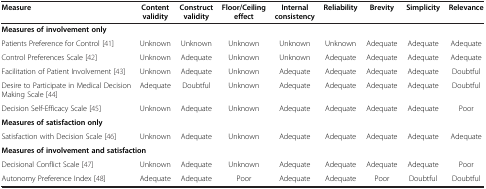
<table><thead><tr><td><b>Measure</b></td><td><b>Content validity</b></td><td><b>Construct validity</b></td><td><b>Floor/Ceiling effect</b></td><td><b>Internal consistency</b></td><td><b>Reliability</b></td><td><b>Brevity</b></td><td><b>Simplicity</b></td><td><b>Relevance</b></td></tr></thead><tbody><tr><td colspan="9"><b>Measures of involvement only</b></td></tr><tr><td>Patients Preference for Control [41]</td><td>Unknown</td><td>Unknown</td><td>Unknown</td><td>Unknown</td><td>Unknown</td><td>Adequate</td><td>Adequate</td><td>Adequate</td></tr><tr><td>Control Preferences Scale [42]</td><td>Unknown</td><td>Adequate</td><td>Unknown</td><td>Unknown</td><td>Adequate</td><td>Adequate</td><td>Adequate</td><td>Adequate</td></tr><tr><td>Facilitation of Patient Involvement [43]</td><td>Unknown</td><td>Adequate</td><td>Unknown</td><td>Adequate</td><td>Adequate</td><td>Adequate</td><td>Adequate</td><td>Doubtful</td></tr><tr><td>Desire to Participate in Medical Decision Making Scale [44]</td><td>Adequate</td><td>Doubtful</td><td>Unknown</td><td>Adequate</td><td>Adequate</td><td>Adequate</td><td>Adequate</td><td>Doubtful</td></tr><tr><td>Decision Self-Efficacy Scale [45]</td><td>Unknown</td><td>Adequate</td><td>Unknown</td><td>Adequate</td><td>Adequate</td><td>Adequate</td><td>Adequate</td><td>Poor</td></tr><tr><td colspan="9"><b>Measures of satisfaction only</b></td></tr><tr><td>Satisfaction with Decision Scale [46]</td><td>Unknown</td><td>Adequate</td><td>Unknown</td><td>Adequate</td><td>Adequate</td><td>Adequate</td><td>Adequate</td><td>Adequate</td></tr><tr><td colspan="9"><b>Measures of involvement and satisfaction</b></td></tr><tr><td>Decisional Conflict Scale [47]</td><td>Unknown</td><td>Adequate</td><td>Unknown</td><td>Adequate</td><td>Adequate</td><td>Adequate</td><td>Adequate</td><td>Poor</td></tr><tr><td>Autonomy Preference Index [48]</td><td>Adequate</td><td>Adequate</td><td>Poor</td><td>Adequate</td><td>Adequate</td><td>Poor</td><td>Doubtful</td><td>Doubtful</td></tr></tbody></table>